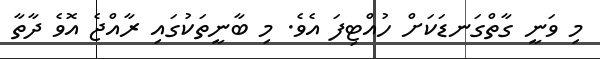
މި ވަނީ ގާތްގަނޑަކަށް ހުއްޓިފަ އެވެ. މި ބާނީތަކުގައި ރާއްޖެ އޮވެ ދާތާ